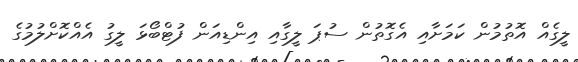
ލީގެއް އޮތުމުން ކަމަށާއި އެގޮތުން ސުޕަ ލީގާއި އިންޑިއަން ފުޓްބޯޅަ ލީގު އެއްކޮށްލުމުގެ